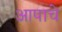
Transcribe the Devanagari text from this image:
आपाचे